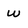
Character: W